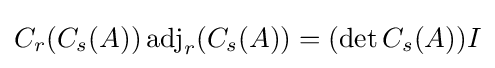
C_{r}(C_{s}(A))\operatorname {adj} _{r}(C_{s}(A))=(\det C_{s}(A))I